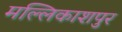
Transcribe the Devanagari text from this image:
मल्लिकाशपुर